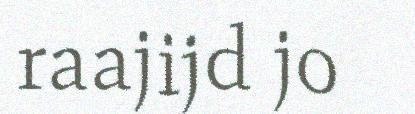
raajijd jo